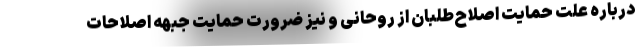
درباره علت حمایت اصلاح‌طلبان از روحانی و نیز ضرورت حمایت جبهه اصلاحات